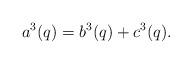
LaTeX: \begin{align*}a^{3}(q) = b^{3}(q) + c^{3}(q). \end{align*}